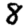
Digit: 8